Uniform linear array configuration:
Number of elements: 4
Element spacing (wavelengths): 1
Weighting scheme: hann
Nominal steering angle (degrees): -30
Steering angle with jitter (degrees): -28.946
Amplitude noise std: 0.05
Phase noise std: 0.05

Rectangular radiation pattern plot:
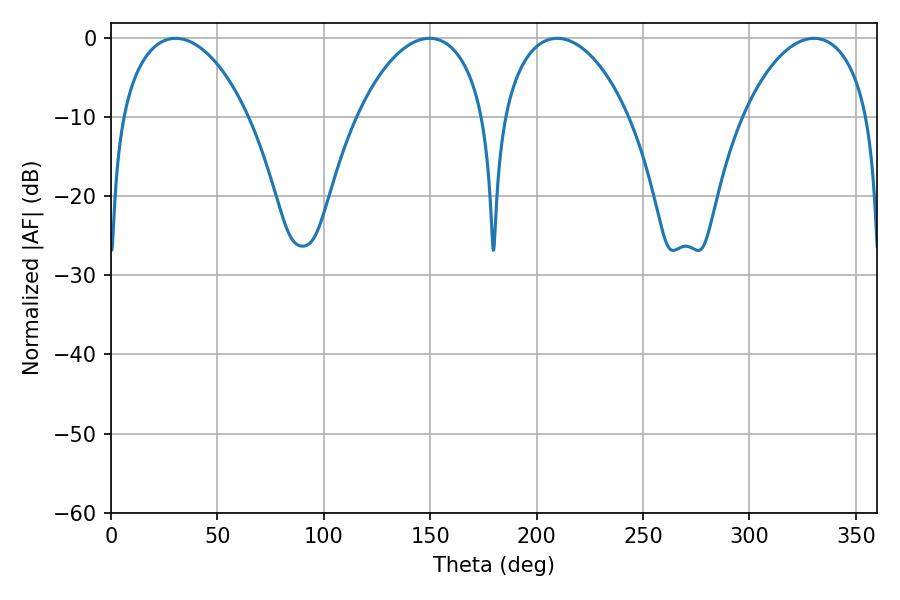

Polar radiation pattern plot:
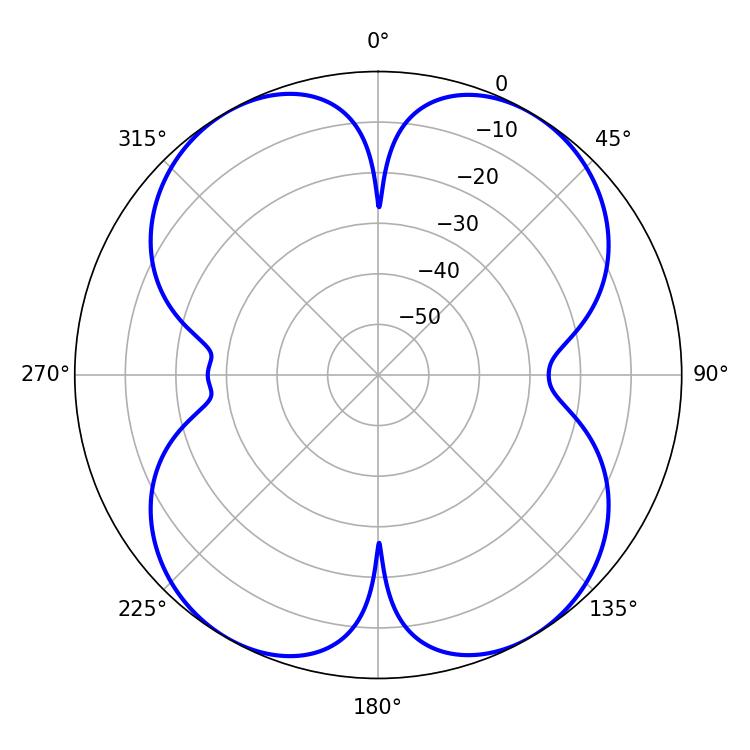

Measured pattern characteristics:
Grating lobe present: TRUE
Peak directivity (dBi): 19.564
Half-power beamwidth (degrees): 33.84
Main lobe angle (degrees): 209.7